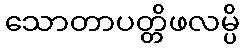
သောတာပတ္တိဖလမ္ပိ